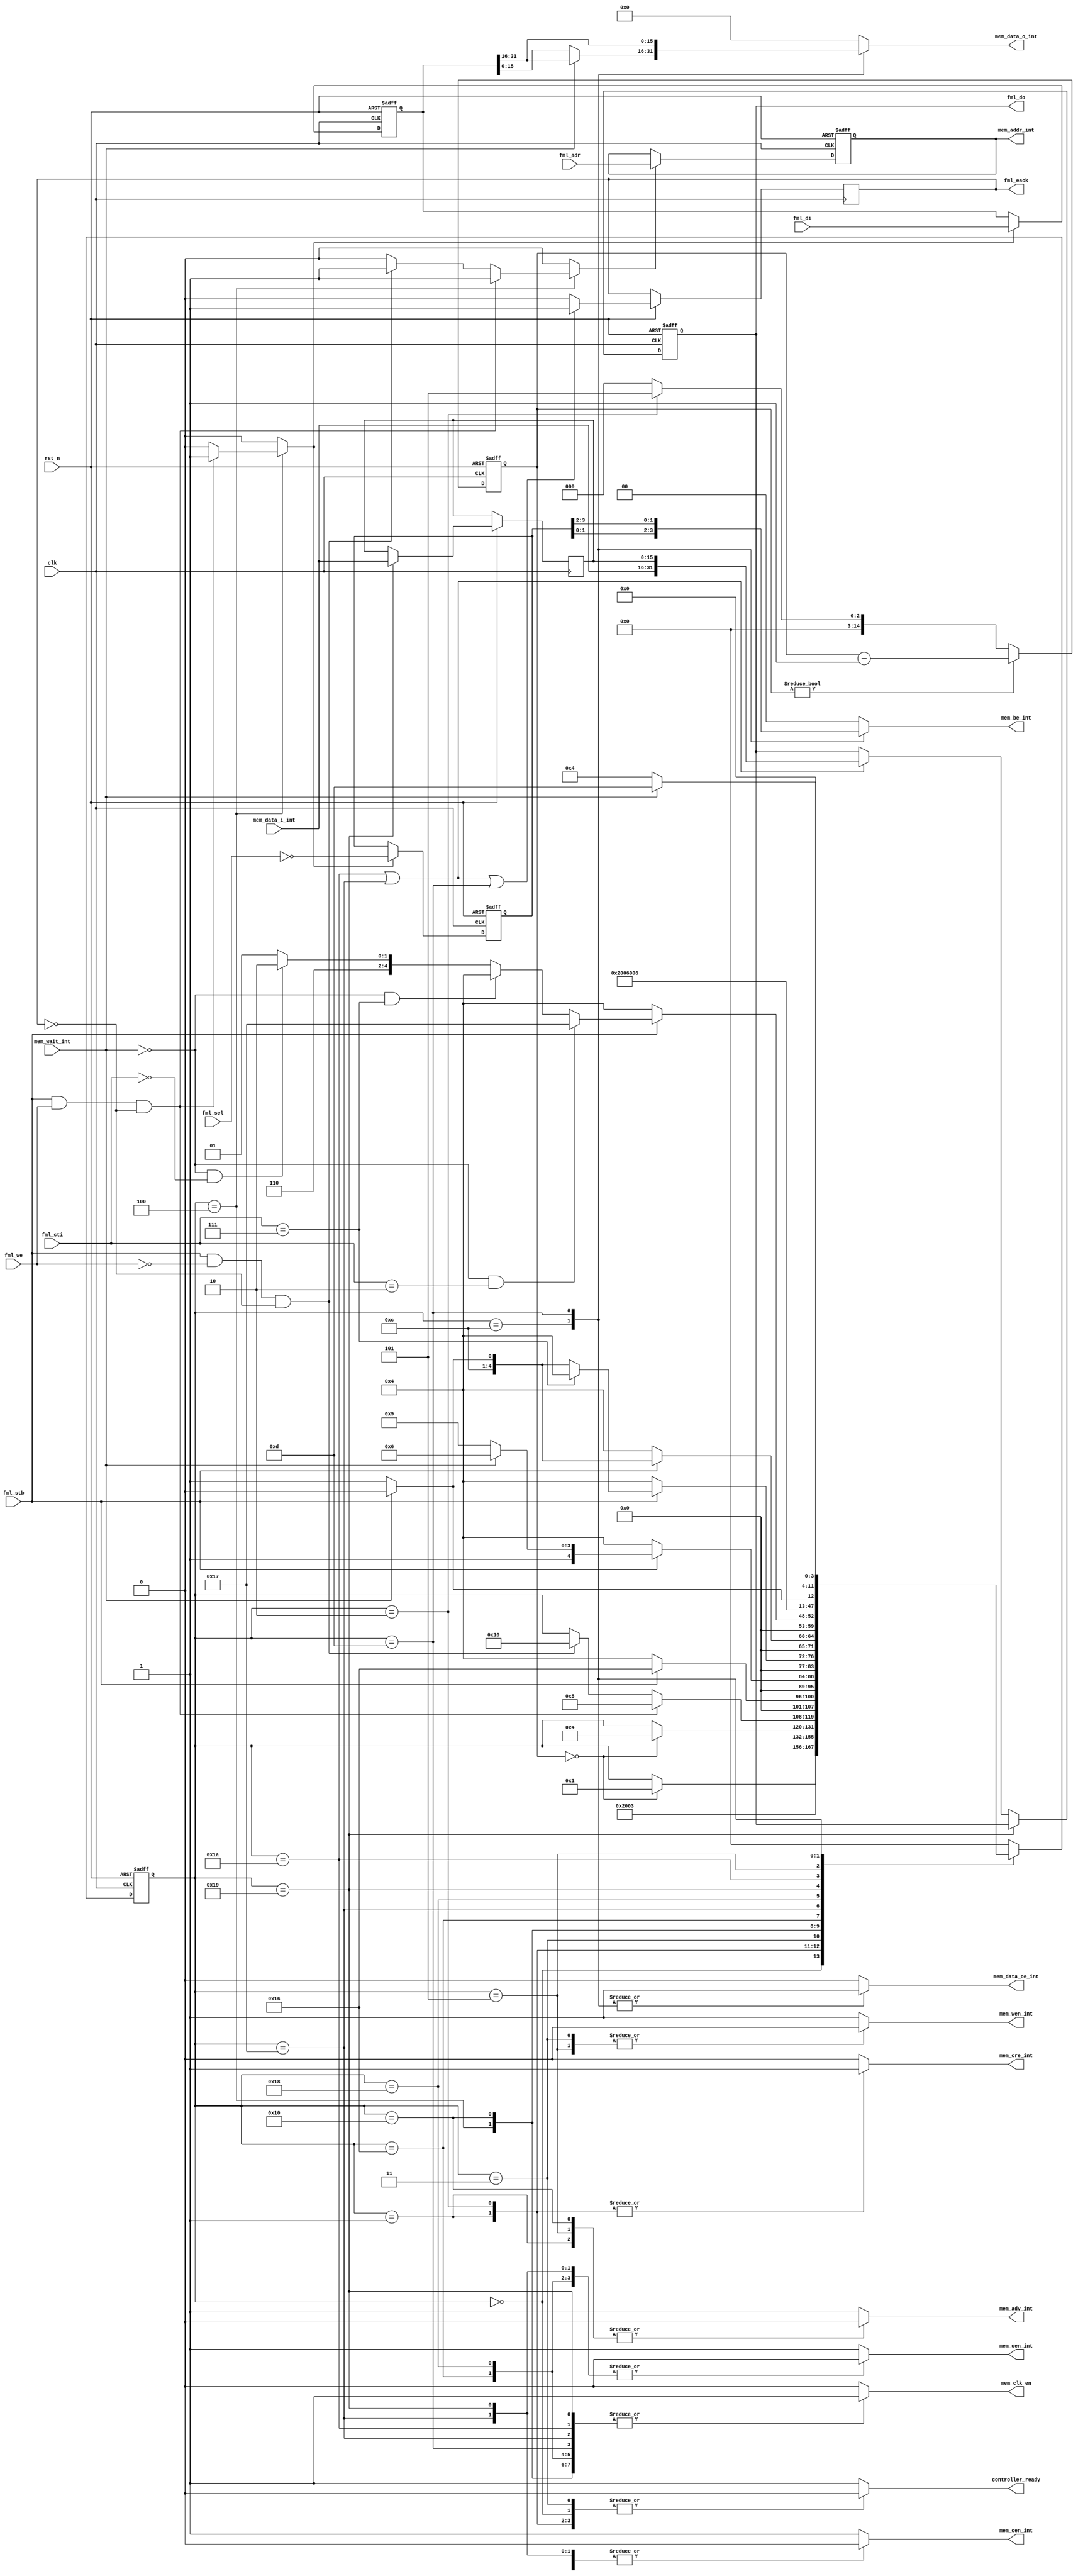

module psram_ctrlr
(
    //System signals
    input              clk,         //100MHz system clock
    input              rst_n,       //reset
    output reg         controller_ready,

    //FML Interface
    input      [22:0]  fml_adr,
    input              fml_stb,
    input              fml_we,
    output reg         fml_eack,
    input      [2:0]   fml_cti,
    input      [3:0]   fml_sel,
    input      [31:0]  fml_di,
    output reg [31:0]  fml_do,

    //Memory interface
    output reg         mem_clk_en,
    input      [15:0]  mem_data_i_int,
    output reg [15:0]  mem_data_o_int,
    output reg         mem_data_oe_int,
    output     [22:0]  mem_addr_int,
    output reg [ 1:0]  mem_be_int,
    output reg         mem_wen_int,
    output reg         mem_oen_int,
    output reg         mem_cen_int,
    output reg         mem_adv_int,
    output reg         mem_cre_int,
    input              mem_wait_int
);

reg [11:0] state;
reg [11:0] next_state;

parameter s_startup = 0;
parameter s_write_bcr1 = 1;
parameter s_write_bcr2 = 2;
parameter s_write_bcr3 = 3;
parameter s_idle = 4;
parameter s_write1 = 5;
parameter s_write2 = 6;
parameter s_write3 = 7;
parameter s_write4 = 8;
parameter s_write5 = 9;
parameter s_write6 = 10;
parameter s_write7 = 11;
parameter s_write8 = 12;
parameter s_write9 = 13;
parameter s_write10 = 14;
parameter s_write11 = 15;
parameter s_read1 = 16;
parameter s_read2 = 17;
parameter s_read3 = 18;
parameter s_read4 = 19;
parameter s_read5 = 20;
parameter s_read6 = 21;
parameter s_read7 = 22;
parameter s_read8 = 23;
parameter s_read9 = 24;
parameter s_read10 = 25;
parameter s_read11 = 26;
parameter s_read12 = 27;

always @(posedge clk or negedge rst_n) begin
    if(~rst_n) begin
        state <= s_startup;
    end else begin
        state <= next_state;
    end
end

reg [14:0] cntr;
reg [14:0] cntr_reload_val;
always @(posedge clk or negedge rst_n) begin
    if(~rst_n) begin
        cntr <= 15001;
    end else if(cntr != 0)
        cntr <= cntr - 1'b1;
    else
        cntr <= cntr_reload_val;
end

//Address, data and byte select registers
reg [22:0] addr;
reg [31:0] data;
reg [3:0]  be;
reg        latch_addr;
reg        latch_data;
reg        latch_be;
reg [15:0] temp16;

always @(posedge clk or negedge rst_n) begin
    if(~rst_n) begin
        addr <= 23'b000_10_00_0_0_011_1_0_1_0_0_01_1_111;
        data <= 32'b0;
        be <= 8'b0;
    end else begin
        if(latch_addr)
            addr <= fml_adr;
        if(latch_data)
            data <= fml_di;
        if(latch_be)
            be <= ~fml_sel;
    end
end

always @(posedge clk or negedge rst_n) begin
    if(~rst_n) begin
        fml_do <= 0;
    end else begin
        if(state == s_read10)  temp16 <= mem_data_i_int; else
        if((state == s_read11)|(state == s_read8)) fml_do <= {mem_data_i_int,temp16};
        if((state == s_read11)|(state == s_read8)|(state == s_write9)) fml_eack <= 1; else fml_eack <= 0;
    end
end


assign mem_addr_int = addr;


always @(state or cntr or fml_stb or fml_we or data or be or fml_eack or mem_wait_int) begin
    controller_ready = 1'b1;

    next_state = state;

    mem_clk_en = 1'b0;
    //fml_eack = 1'b0;

    mem_data_o_int = 16'b0;
    mem_data_oe_int = 1'b0;

    mem_be_int = 2'b0;
    mem_wen_int = 1'b1;
    mem_oen_int = 1'b1;
    mem_cen_int = 1'b1;
    mem_adv_int = 1'b1;
    mem_cre_int = 1'b0;

    cntr_reload_val = 15'b0;

    latch_addr = 1'b0;
    latch_data = 1'b0;
    latch_be = 1'b0;

    case(state)
        s_startup: begin
            controller_ready = 1'b0;
            if(cntr == 0)
                next_state = s_write_bcr1;
        end

        s_write_bcr1: begin
            controller_ready = 1'b0;
            mem_cre_int = 1'b1;
            mem_cen_int = 1'b0;
            mem_adv_int = 1'b0;
            next_state = s_write_bcr2;
        end

        s_write_bcr2: begin
            controller_ready = 1'b0;
            mem_cre_int = 1'b1;
            mem_cen_int = 1'b0;
            cntr_reload_val = 15'd5;
            next_state = s_write_bcr3;
        end

        s_write_bcr3: begin
            controller_ready = 1'b0;
            mem_cen_int = 1'b0;
            mem_wen_int = 1'b0;
            if(cntr == 0)
                next_state = s_idle;
        end

        s_idle: begin
     	    mem_oen_int = 1'b1;
     	    mem_be_int  = 2'b0;
     	    mem_wen_int = 1'b1;
     	    mem_oen_int = 1'b1;
     	    mem_cen_int = 1'b1;
     	    mem_adv_int = 1'b1;
     	    mem_cre_int = 1'b0;
            mem_clk_en = 1'b1;
            if(fml_stb && fml_we && !fml_eack) begin
                latch_addr = 1'b1;
                latch_data = 1'b1;
                latch_be = 1'b1;
                next_state = s_write1;
            end else if(fml_stb && !fml_we && !fml_eack) begin
                latch_addr = 1'b1;
                next_state = s_read1;
            end
        end

        //-------------- read --------------

        s_read1: begin
           mem_clk_en = 1'b1;
           mem_cen_int = 1'b0;
           mem_adv_int = 1'b0;
           if (fml_stb == 0) next_state = s_idle; else
           next_state = s_read7;
        end
		  
        s_read7: begin
	       mem_clk_en  = 1'b1; 
           mem_cen_int = 1'b0;
           mem_oen_int = 1'b0;
           if (fml_stb == 0) next_state = s_idle; else
	       if (mem_wait_int == 0) next_state = s_read10; else next_state = s_read7;	   
          end

        s_read8: begin
	       mem_clk_en  = 1'b1; 
           mem_cen_int = 1'b0;
           mem_oen_int = 1'b0;
	       if (fml_stb == 0) next_state = s_idle; else
	       if (fml_cti == 7) next_state = s_idle; else
	       if (mem_wait_int == 0) next_state = s_read10; else next_state = s_read9;	   
          end

        s_read9: begin
	       mem_clk_en  = 1'b1; 
           mem_cen_int = 1'b0;
           mem_oen_int = 1'b0;
           if (fml_stb == 0) next_state = s_idle; else
	       if (mem_wait_int == 0) next_state = s_read10; else next_state = s_read9;	   
          end

        s_read10: begin
	       mem_clk_en  = 1'b1;
           mem_cen_int = 1'b0;
           mem_oen_int = 1'b0;
           if (fml_stb == 0) next_state = s_idle; else
	       if ((mem_wait_int == 0) && (fml_cti==2)) next_state = s_read8 ; else 
	       if ((mem_wait_int == 0) && (fml_cti==7)) next_state = s_idle  ; else 
	       if ((mem_wait_int == 0) && (fml_cti==0)) next_state = s_read11; else 
                                                    next_state = s_read10;
	       end

        s_read11: begin
	       mem_clk_en  = 1'b1;
           mem_cen_int = 1'b1;
           mem_oen_int = 1'b1;
		   next_state = s_idle;
         end
			
        //-------------- write --------------

        s_write1: begin
            mem_clk_en = 1'b1;
            mem_cen_int = 1'b0;
            mem_adv_int = 1'b0;
            mem_wen_int = 1'b0;
            next_state = s_write8;
        end

        s_write8: begin
            mem_clk_en = 1'b1;
            mem_cen_int = 1'b0;
            mem_data_oe_int = 1'b1;
            mem_be_int = be[1:0];
            if (mem_wait_int == 0) 
	     begin
	      next_state = s_write9; 
	      mem_data_o_int = data[15:0];
	     end
	     else 
	     begin
	      next_state = s_write8;
              mem_data_o_int = data[31:16];
	     end
        end

        s_write9: begin
            mem_clk_en = 1'b1;
            mem_cen_int = 1'b0;
            mem_data_oe_int = 1'b1;
            mem_data_o_int = data[31:16];
            mem_be_int = be[3:2];
	    if (mem_wait_int == 0) next_state = s_idle; else next_state = s_write9;
        end

        default:
            next_state = s_startup;
    endcase
end

endmodule